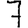
Digit: 7